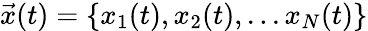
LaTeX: \vec{x}(t)=\{ x_{1}(t),x_{2}(t),...x_{N}(t)\}